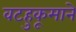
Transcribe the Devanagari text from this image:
वटहुकूमाने